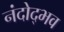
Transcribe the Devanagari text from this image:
नंदोद्भव